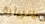
بالزيارة